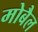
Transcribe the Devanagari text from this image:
मोबैल